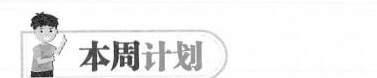
本周计划